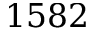
1 5 8 2